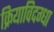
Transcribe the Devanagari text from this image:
क्रियाविदग्धा